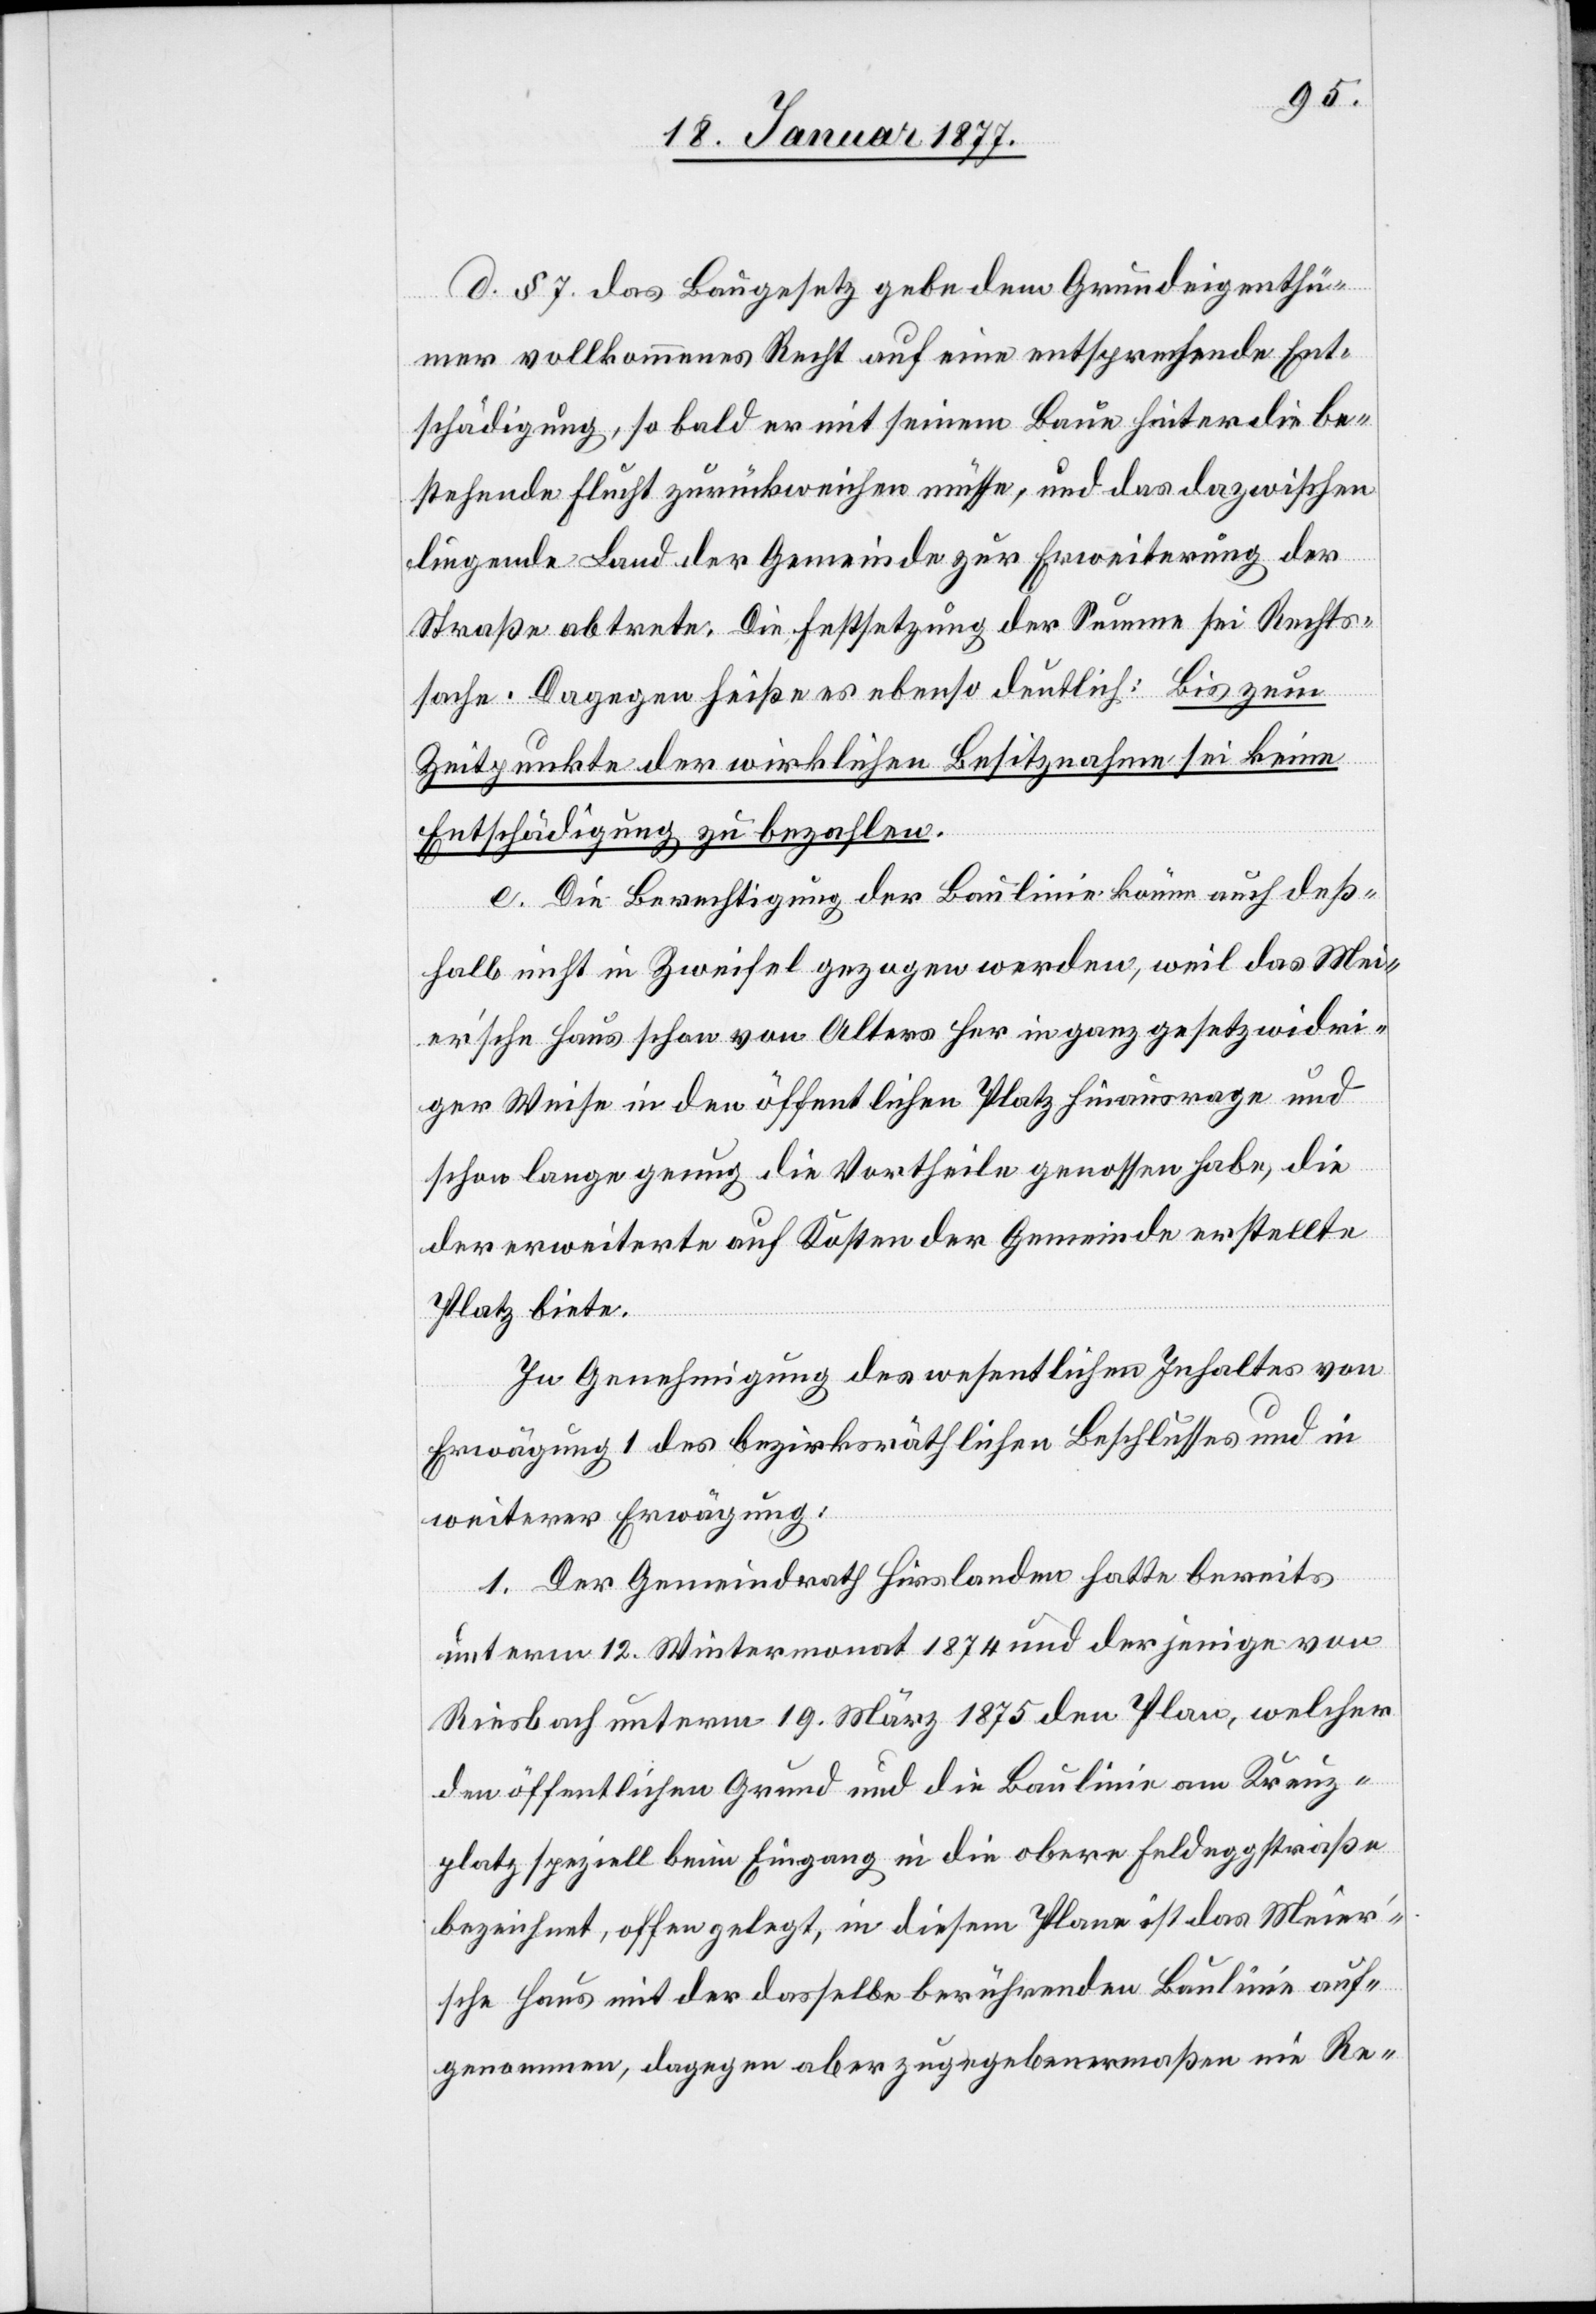
d. § 7 des Baugesetz [sic!] gebe dem Grundeigenthü¬
mer vollkommenes Recht auf eine entsprechende Ent¬
schädigung, sobald er mit einem Baue hinter die be¬
stehende Flucht zurückweichen müsse, und das dazwischen
liegende Land der Gemeinde zur Erweiterung der
Straße abtrete. Die Festsetzung der Summe sei Rechts¬
sache. Dagegen heiße es ebenso deutlich: Bis zum
Zeitpunkte der wirklichen Besitznahme sei keine
Entschädigung zu bezahlen.
e. Die Berechtigung der Baulinie könne auch deß¬
halb nicht in Zweifel gezogen werden, weil das Mei¬
er’sche Haus schon von Alters her in ganz gesetzwidri¬
ger Weise in den öffentlichen Platz hinausrage und
schon lange genug die Vortheile genossen habe, die
der erweiterte auf Kosten der Gemeinde erstellte
Platz biete.
In Genehmigung des wesentlichen Inhaltes von
Erwägung 1 des bezirksräthlichen Beschlusses und in
weiterer Erwägung:
1. Der Gemeindrath Hirslanden hatte bereits
unterm 12. Wintermonat 1874 und derjenige von
Riesbach unterm 19. März 1875 den Plan, welcher
den öffentlichen Grund und die Baulinie am Kreuz¬
platz speziell beim Eingang in die obere Feldeggstraße
bezeichnet, offen gelegt, in diesem Plane ist das Meier’s¬
che Haus mit der dasselbe berührenden Baulinie auf¬
genommen, dagegen aber zugegebenermaßen nie Re-